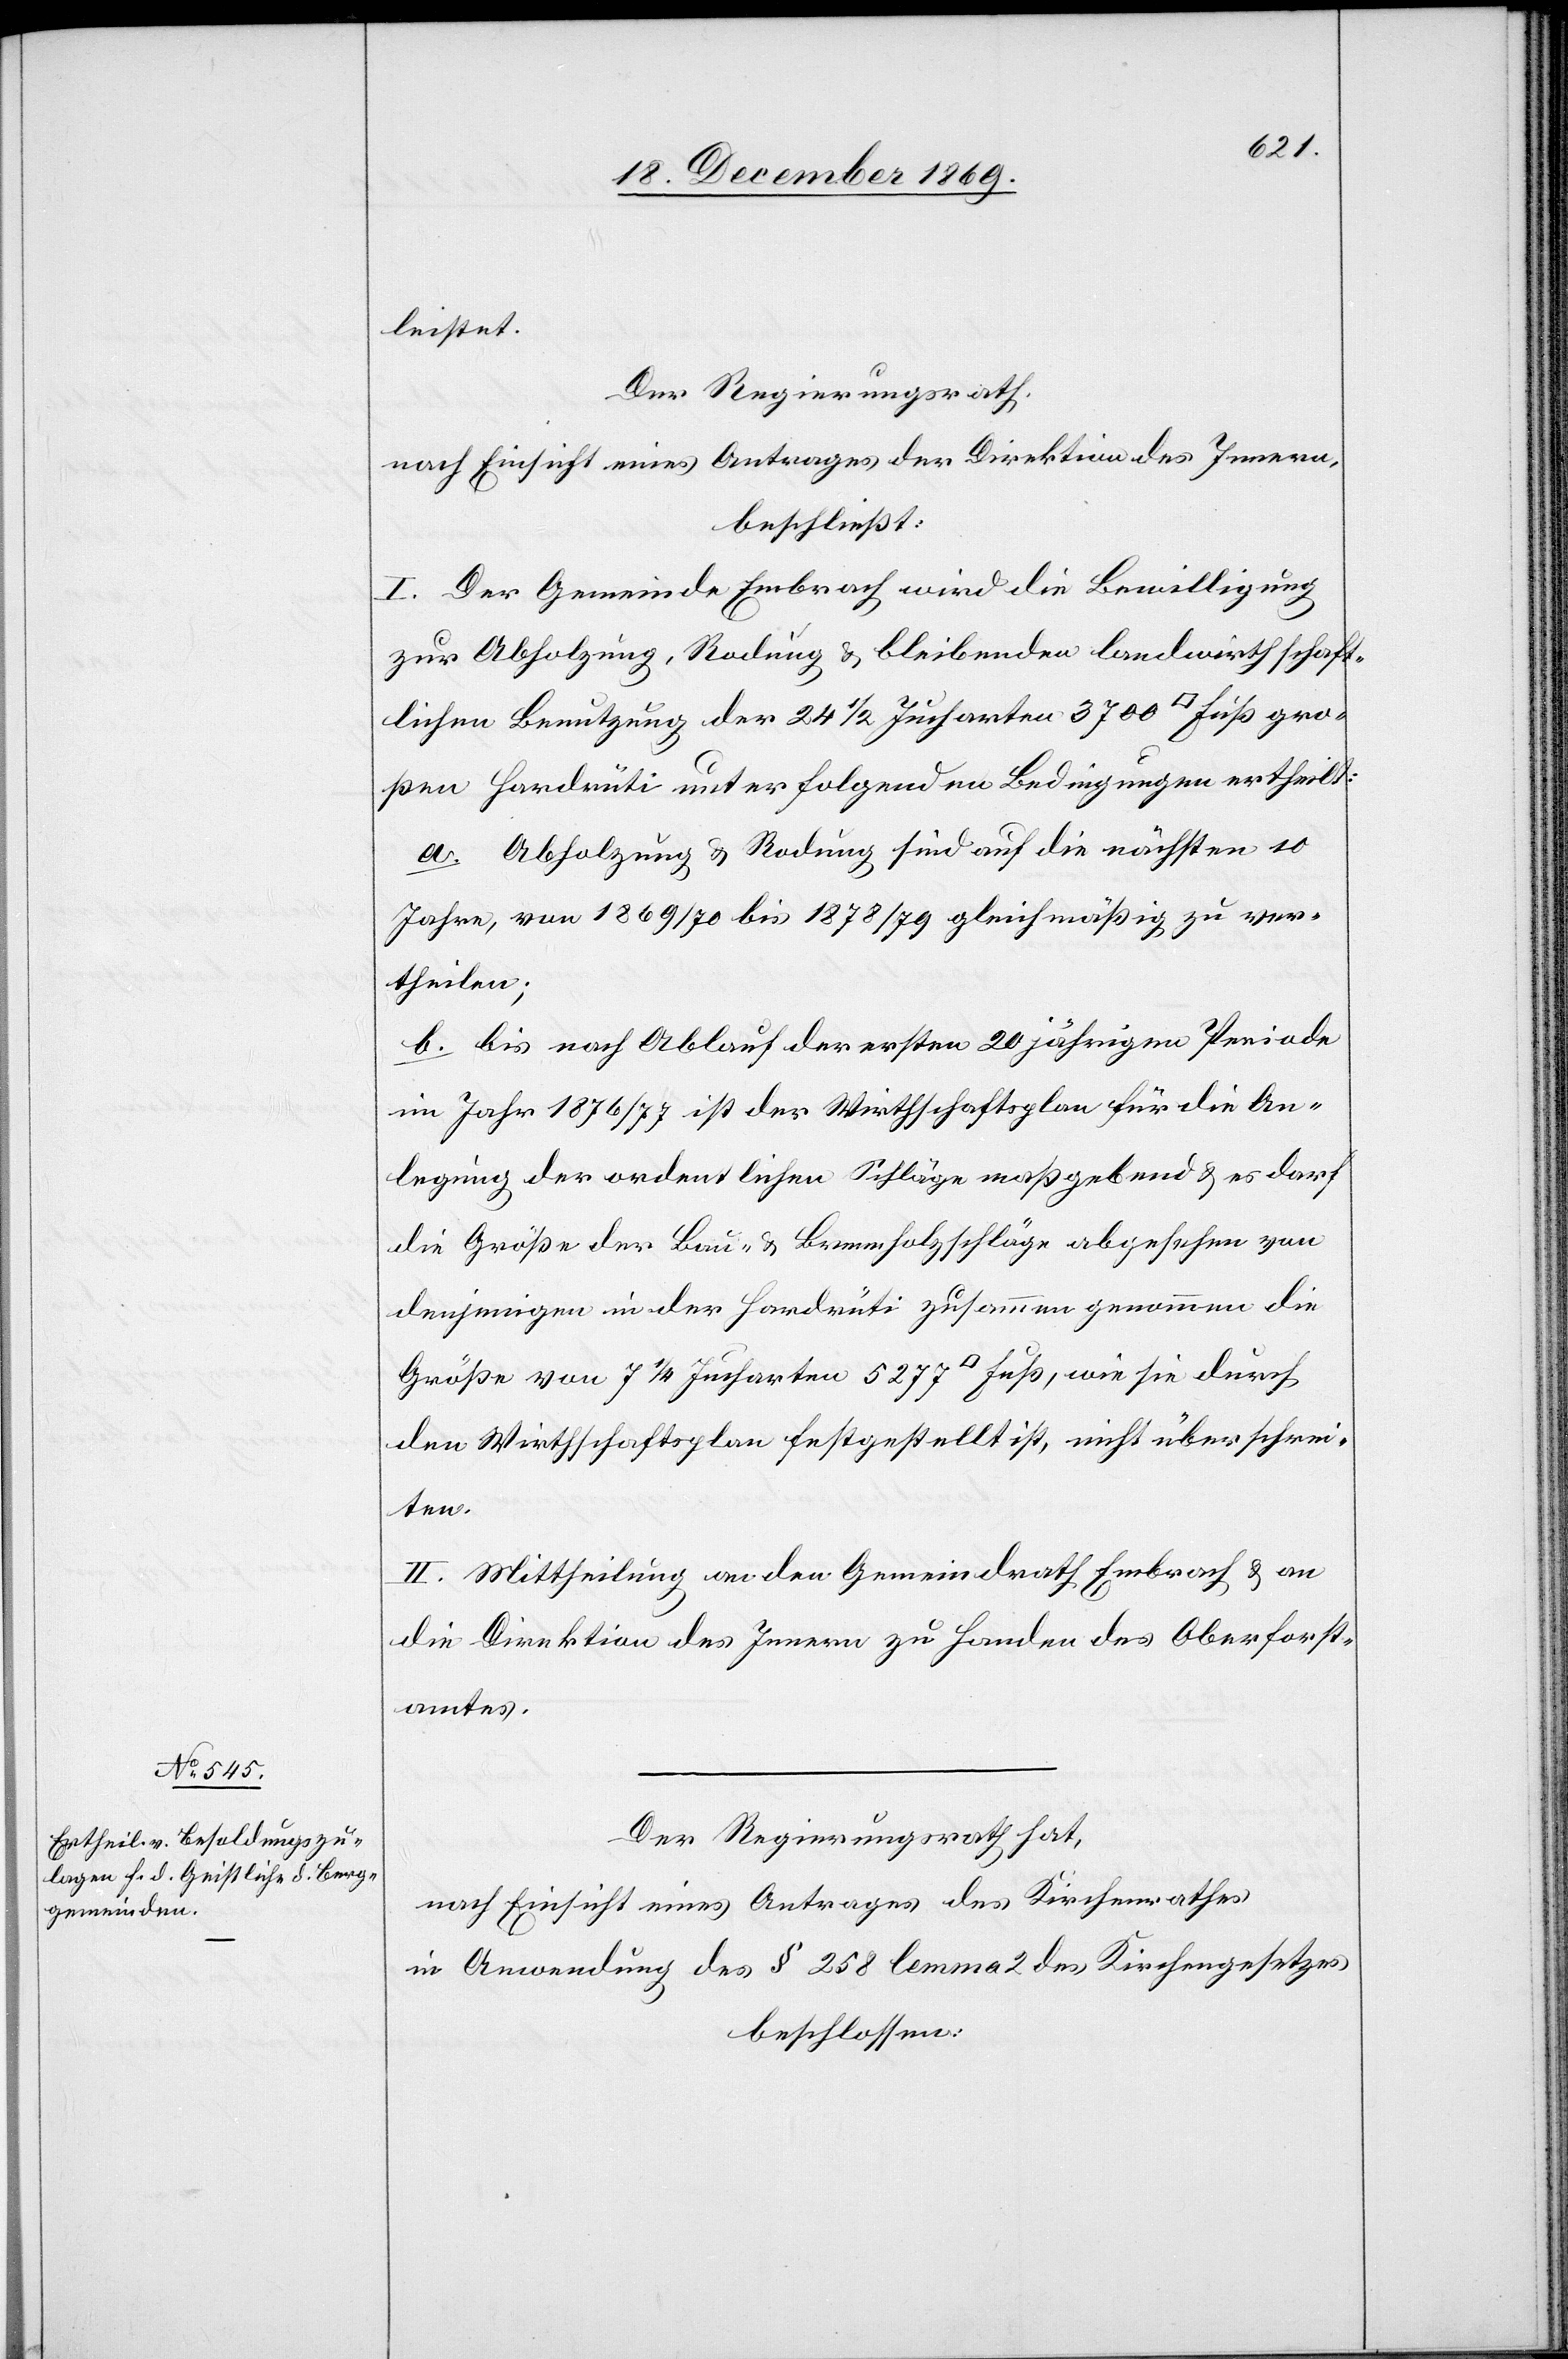
leistet.
Der Regierungsrath,
nach Einsicht eines Antrages der Direktion des Innern,
beschließt:
I. Der Gemeinde Embrach wird die Bewilligung
zur Abholzung, Rodung & bleibenden landwirthschaft¬
lichen Benutzung der 24 1/2 Jucharten 3700 [Quadrat] Fuß gro¬
ßen Hardrüti unter folgenden Bedingungen ertheilt:
a. Abholzung & Rodung sind auf die nächsten 10
Jahre, von 1869/70 bis 1878/79 gleichmäßig zu ver¬
theilen;
b. bis nach Ablauf der ersten 20 jährigen Periode
im Jahr 1876/77 ist der Wirthschaftsplan für die An¬
legung der ordentlichen Schläge maßgebend & es darf
die Größe der Bau- & Brennholzschläge abgesehen von
denjenigen in der Hardrüti zusammen genommen die
Größe von 7 1/4 Jucharten 5277 [Quadrat] Fuß, wie sie durch
den Wirthschaftsplan festgestellt ist, nicht überschrei¬
ten.
II. Mittheilung an den Gemeindrath Embrach & an
die Direktion des Innern zu Handen des Oberforst¬
amtes.
Der Regierungsrath hat,
nach Einsicht eines Antrages des Kirchenrathes
in Anwendung des § 258 lemma 2 des Kirchengesetzes
beschlossen: